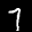
Label: 7